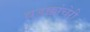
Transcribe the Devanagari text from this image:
वडक्कांचेरी